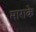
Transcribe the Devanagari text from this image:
माराके